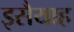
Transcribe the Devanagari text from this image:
इसैयाह